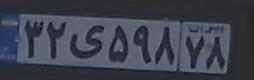
۳۲ی۵۹۸۷۸